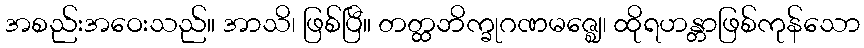
အစည်းအဝေးသည်။ အာသိ၊ ဖြစ်ပြီ။ တတ္ထဘိက္ခုဂဏမဇ္ဈေ၊ ထိုရဟန္တာဖြစ်ကုန်သော